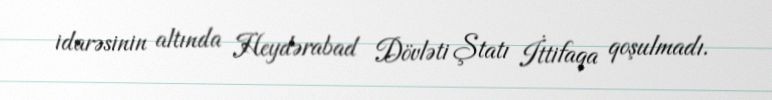
idarəsinin altında Heydərabad Dövləti Ştatı İttifaqa qoşulmadı.